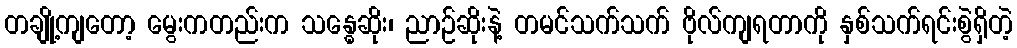
တချို့ကျတော့ မွေးကတည်းက သန္ဓေဆိုး၊ ညာဉ်ဆိုးနဲ့ တမင်သက်သက် ဗိုလ်ကျရတာကို နှစ်သက်ရင်းစွဲရှိတဲ့